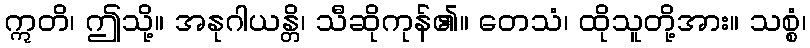
ဣတိ၊ ဤသို့။ အနုဂါယန္တိ၊ သီဆိုကုန်၏။ တေသံ၊ ထိုသူတို့အား။ သစ္စံ၊